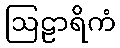
ဩဠာရိကံ